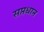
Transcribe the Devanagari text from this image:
सप्तधान